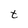
Character: t